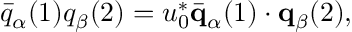
\bar { q } _ { \alpha } ( 1 ) q _ { \beta } ( 2 ) = u _ { 0 } ^ { * } \bar { \bf q } _ { \alpha } ( 1 ) \cdot { \bf q } _ { \beta } ( 2 ) ,